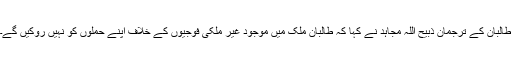
طالبان کے ترجمان ذبیح اللہ مجاہد نے کہا کہ طالبان ملک میں موجود غیر ملکی فوجیوں کے خلاف اپنے حملوں کو نہیں روکیں گے۔